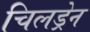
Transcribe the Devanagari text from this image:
चिलड्रेन